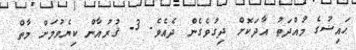
ޙައިޟުގެ މުއްދަތު އާދަކޮށް ދިގުވެގެން ދެއެވެ. 3- ޤުރުއާން ކިޔެވުމަށް މާތް